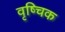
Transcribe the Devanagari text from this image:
वृष्चिक